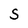
Character: S